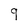
Character: q